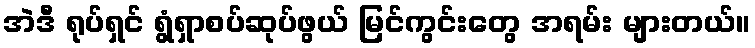
အဲဒီ ရုပ်ရှင် ရွံရှာစပ်ဆုပ်ဖွယ် မြင်ကွင်းတွေ အရမ်း များတယ်။